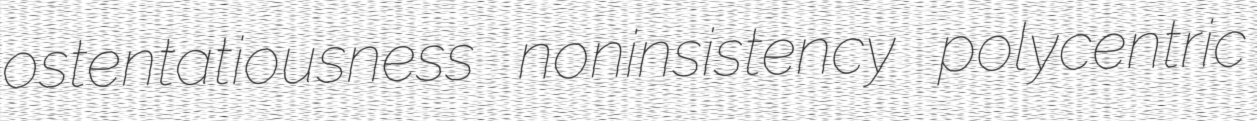
ostentatiousness noninsistency polycentric